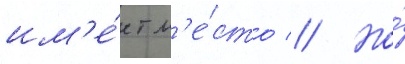
им'е́ет м'е́сто // Но́